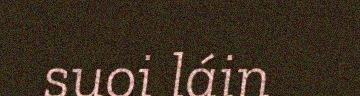
suoi láin